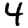
Digit: 4